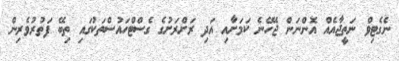
ނެގެޓިވް ނަތީޖާއެއް އޮންނަން ޖެހޭނެ ކަމަށާއި އަދި ރަށްރަށުގެ ގެސްޓްހައުސްތަކުގައި ތިބޭ ފަތުރުވެރިން